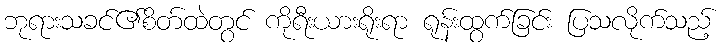
ဘုရားသခင်၏စိတ်ထဲတွင် ကိုရီးယားရိုးရာ ရုန်းထွက်ခြင်း ပြသလိုက်သည့်